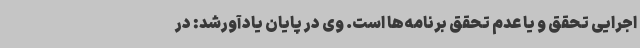
اجرایی تحقق و یا عدم تحقق برنامه‌ها است. وی در پایان یادآورشد: در